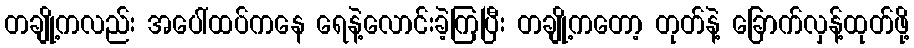
တချို့ကလည်း အပေါ်ထပ်ကနေ ရေနဲ့လောင်းခဲ့ကြပြီး တချို့ကတော့ တုတ်နဲ့ ခြောက်လှန့်ထုတ်ဖို့